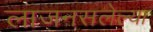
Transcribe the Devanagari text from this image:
लाजनसलेल्या